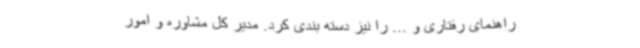
راهنمای رفتاری و ... را نیز دسته بندی کرد. مدیر کل مشاوره و امور